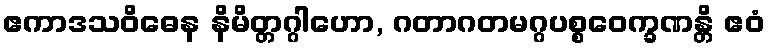
ဧကာဒသဝိဓေန နိမိတ္တဂ္ဂါဟော, ဂတာဂတမဂ္ဂပစ္စဝေက္ခဏန္တိ ဧဝံ